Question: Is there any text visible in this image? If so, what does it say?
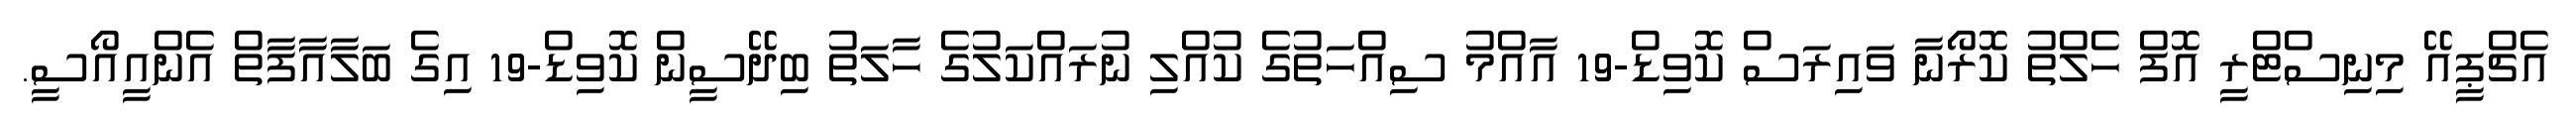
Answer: އެޗްޕީއޭ މިނިސްޓްރީ އޮފް ހެލްތު ކޮރޯނާ ވައިރަސް ކޮވިޑް-19 އާއްމު ސިއްހަތުގެ ކުއްލި ނުރައްކަލުގެ ހާލަތު ބިދޭސީން ކޮވިޑް-19 އިގެ ބަލާއާފާތް އެންއީއޯސީ.